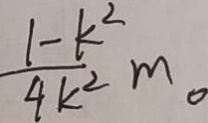
\frac { 1 - k ^ { 2 } } { 4 k ^ { 2 } } m .